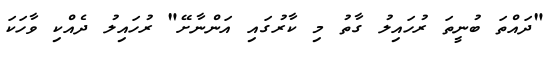
"ދައްތަ ބުނީތަ ރުހައިލު ގާތު މި ކާރުގައި އަންނާށޭ" ރުހައިލު ދެއްކި ވާހަކަ